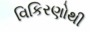
વિકિરણોથી